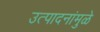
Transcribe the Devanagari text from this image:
उत्पादनांमुळे